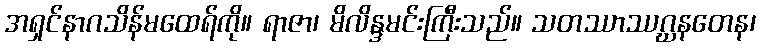
အရှင်နာဂသိန်မထေရ်ကို။ ရာဇာ၊ မိလိန္ဒမင်းကြီးသည်။ သတဿာဿဂ္ဃနတေန၊